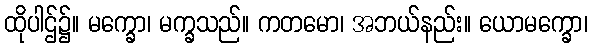
ထိုပါဌ်၌။ မက္ခော၊ မက္ခသည်။ ကတမော၊ အဘယ်နည်း။ ယောမက္ခော၊